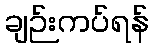
ချဉ်းကပ်ရန်